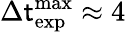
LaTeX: \Delta\mathsf{t}_{\mathrm{{exp}}}^{\mathrm{{max}}}\approx4